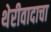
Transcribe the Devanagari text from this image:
थेरीवादाचा